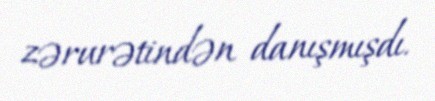
zərurətindən danışmışdı.